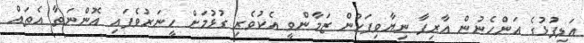
އަލިފުޅުގެ އަންހެނުން އާރިފާ ނިޔާވިފަހުން ޒަމާންވީ އެކުވެރި ގުޅުމަށް ހީނަރުވެފައި އޮންނަތާ އެތައް